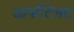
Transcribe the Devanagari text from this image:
आर्कीटेक्ट